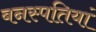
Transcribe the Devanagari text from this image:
बनस्पतियां